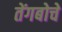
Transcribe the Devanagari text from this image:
तेंगबोचे